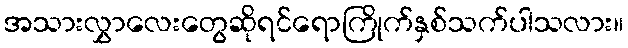
အသားလွှာလေးတွေဆိုရင်ရောကြိုက်နှစ်သက်ပါသလား။